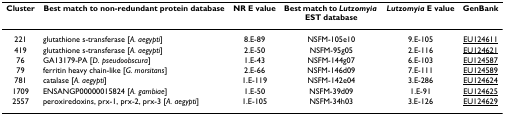
<table><thead><tr><td><b>Cluster</b></td><td><b>Best match to non-redundant protein database</b></td><td><b>NR E value</b></td><td><b>Best match to <i>Lutzomyia </i>EST database</b></td><td><b><i>Lutzomyia </i>E value</b></td><td><b>GenBank</b></td></tr></thead><tbody><tr><td>221</td><td>glutathione s-transferase [<i>A. aegypti</i>]</td><td>8.E-89</td><td>NSFM-105e10</td><td>9.E-105</td><td>EU124611</td></tr><tr><td>419</td><td>glutathione s-transferase [<i>A. aegypti</i>]</td><td>2.E-50</td><td>NSFM-95g05</td><td>2.E-116</td><td>EU124621</td></tr><tr><td>76</td><td>GA13179-PA [<i>D. pseudoobscura</i>]</td><td>1.E-43</td><td>NSFM-144g07</td><td>6.E-103</td><td>EU124587</td></tr><tr><td>79</td><td>ferritin heavy chain-like [<i>G. morsitans</i>]</td><td>2.E-66</td><td>NSFM-146d09</td><td>7.E-111</td><td>EU124589</td></tr><tr><td>781</td><td>catalase [<i>A. aegypti</i>]</td><td>1.E-119</td><td>NSFM-142e04</td><td>3.E-286</td><td>EU124624</td></tr><tr><td>1709</td><td>ENSANGP00000015824 [<i>A. gambiae</i>]</td><td>1.E-50</td><td>NSFM-39d09</td><td>1.E-91</td><td>EU124625</td></tr><tr><td>2557</td><td>peroxiredoxins, prx-1, prx-2, prx-3 [<i>A. aegypti</i>]</td><td>1.E-105</td><td>NSFM-34h03</td><td>3.E-126</td><td>EU124629</td></tr></tbody></table>